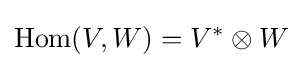
{\text{Hom}}(V,W)=V^{*}\otimes W